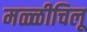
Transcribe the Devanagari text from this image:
मळ्ळीचिलू